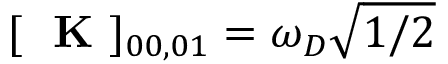
[ \mathrm { ~ \bf ~ K ~ } ] _ { 0 0 , 0 1 } = \omega _ { D } \sqrt { 1 / 2 }